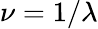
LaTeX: \nu=1/\lambda